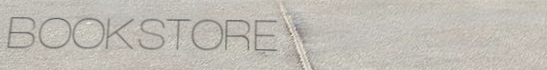
BOOKSTORE